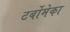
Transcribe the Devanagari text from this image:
टर्बोमेका